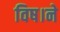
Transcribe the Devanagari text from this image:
विष।ने